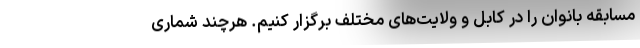
مسابقه بانوان را در کابل و ولایت‌های مختلف برگزار کنیم. هرچند شماری